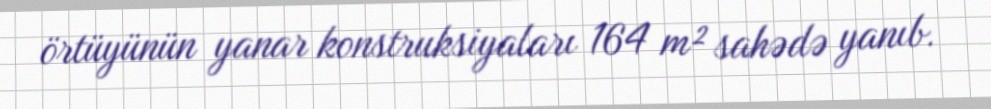
örtüyünün yanar konstruksiyaları 164 m² sahədə yanıb.